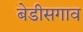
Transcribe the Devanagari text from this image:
बेडीसगाव